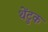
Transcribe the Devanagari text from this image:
थेंटुक